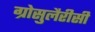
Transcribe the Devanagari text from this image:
ग्रोसुलैरीसी